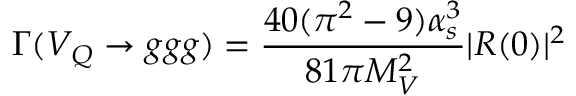
\Gamma ( V _ { Q } \rightarrow g g g ) = \frac { 4 0 ( \pi ^ { 2 } - 9 ) \alpha _ { s } ^ { 3 } } { 8 1 \pi M _ { V } ^ { 2 } } | R ( 0 ) | ^ { 2 }